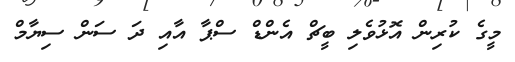
މީގެ ކުރިން އޮޅުވެލި ބީޗް އެންޑް ސްޕާ އާއި ދަ ސަން ސިޔާމް